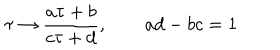
\tau \rightarrow \frac { a \tau + b } { c \tau + d } , \qquad a d - b c = 1